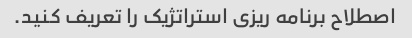
اصطلاح برنامه ریزی استراتژیک را تعریف کنید.